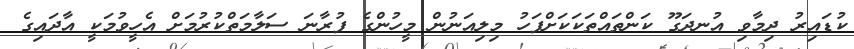
ކުޑައިރު ދިމާވި އުނދަގޫ ކަންތައްތަކަކަށްފަހު މިލިއަނުން މީހުންގެ ފުރާނަ ސަލާމަތްކުރުމަށް އެހީވުމަކީ އާދައިގެ